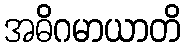
အဓိဂမာယာတိ